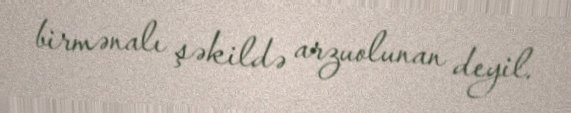
birmənalı şəkildə arzuolunan deyil.